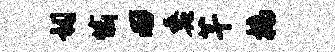
祠愉田蠡芊槁